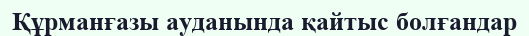
Құрманғазы ауданында қайтыс болғандар